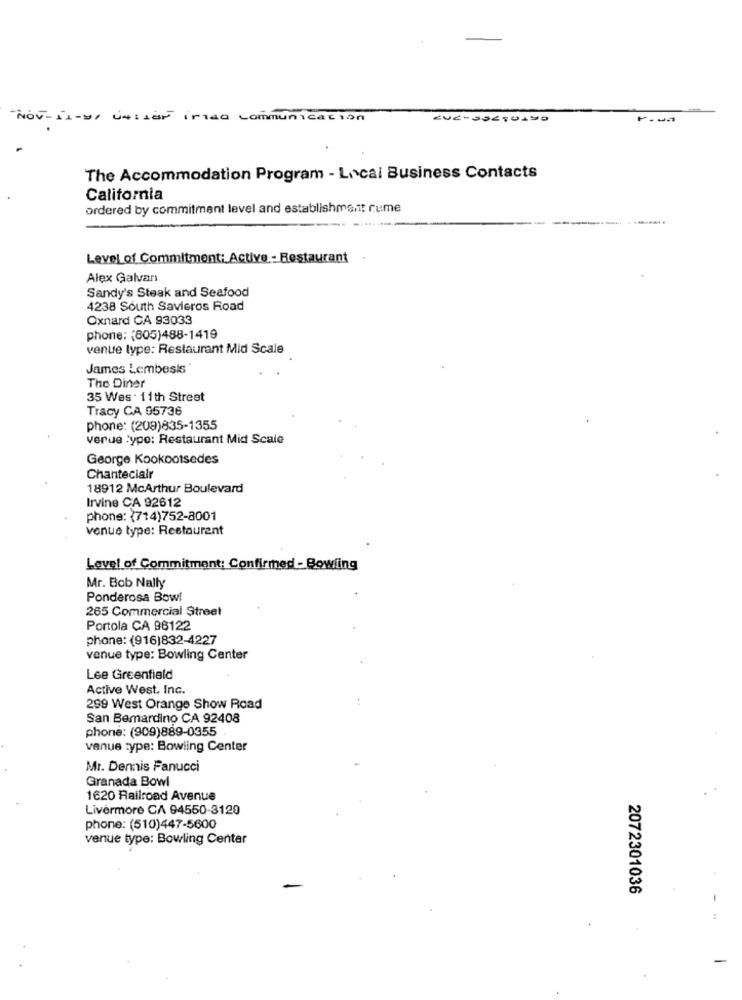
Nov-11-m/ vAtiEF irmaa communication
EUE-SSEGUITO
The Accommodation Program - Local Business Contacts
California
ordered by commitment level and establishment rume
Level of Commitment: Active - Restaurant .
Alex Galvan
Sandy's Steak and Seafood
4238 South Savieros Road
Oxnard CA 93033
phone: (805)488-1419
venue type: Restaurant Mid Scale
James Lembesis
The Diner
35 Wes . 11th Street
Tracy CA 95736
phone: (209)835-1355
verue :ypo: Restaurant Mid Scale
George Kookootsedes
Chanteclair
18912 McArthur Boulevard
Irvine CA 92612
phone: (714)752-8001
venue type: Restaurant
Lavel of Commitment: Confirmed - Bowling
Mr. Bob Nally
Ponderosa Bowl
265 Commercial Street
Portola CA 96122
phone: (916)832-4227
venue type: Bowling Center
Lee Greenfield
Active West, Inc.
299 West Orange Show Road
San Bemardino CA 92408
phone: (909)889-0355
venue type: Bowling Center
Mr. Dennis Fanucci
Granada Bowl
1620 Railroad Avenue
Livermore CA 94550-3129
phone: (510)447-5600
venue type: Bowling Center
2072301036